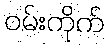
ဝမ်းကိုက်